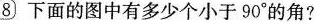
8 下面的图中有多少个小于90°的角？